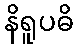
နိရူပဓိ